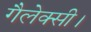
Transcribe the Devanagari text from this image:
गैलेक्सी।